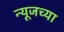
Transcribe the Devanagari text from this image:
न्यूजच्या